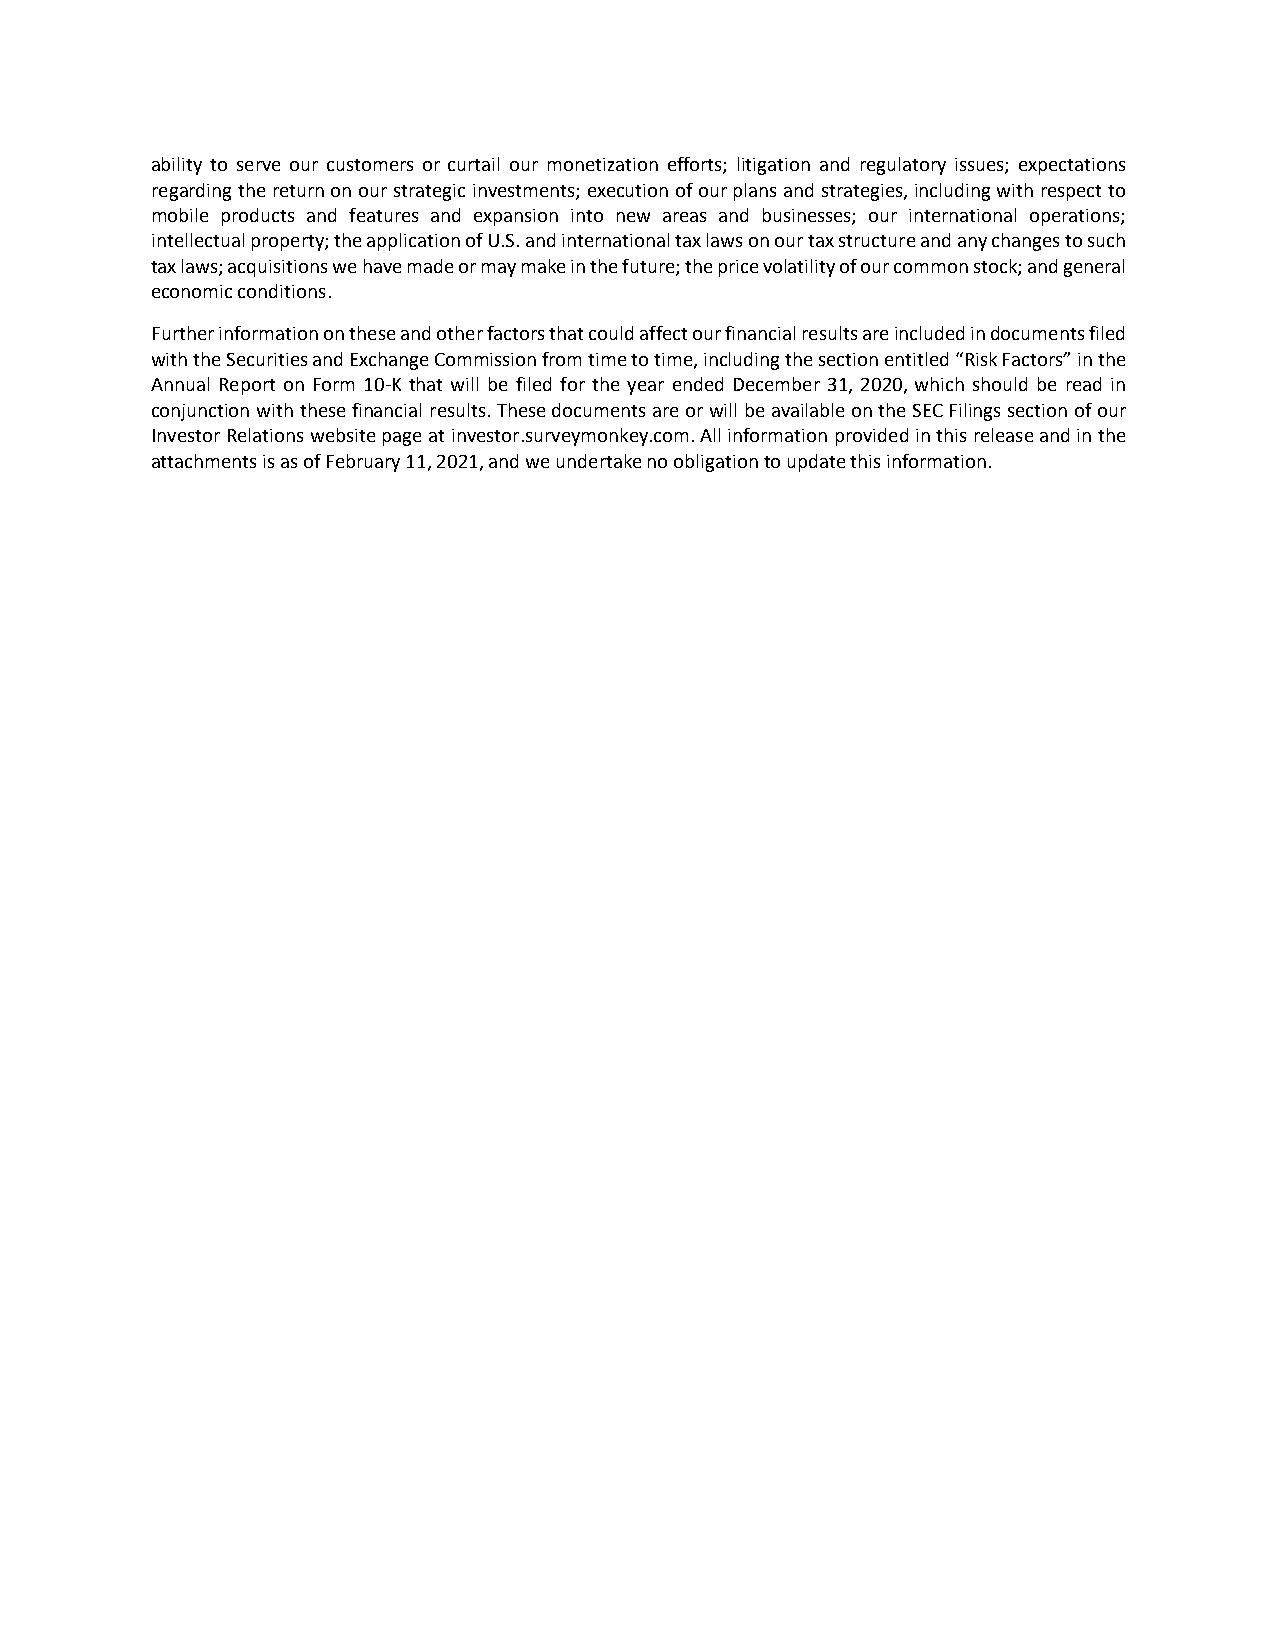
ability to serve our customers or curtail our monetization efforts; litigation and regulatory issues; expectations
 regarding the return on our strategic investments; execution of our plans and strategies, including with respect to
 mobile products and features and expansion into new areas and businesses; our international operations;
 intellectual property; the application of U.S. and international tax laws on our tax structure and any changes to such
 tax laws; acquisitions we have made or may make in the future; the price volatility of our common stock; and general
 economic conditions.
 Further information on these and other factors that could affect our financial results are included in documents filed
 with the Securities and Exchange Commission from time to time, including the section entitled “Risk Factors” in the
 Annual Report on Form 10-K that will be filed for the year ended December 31, 2020, which should be read in
 conjunction with these financial results. These documents are or will be available on the SEC Filings section of our
 Investor Relations website page at investor.surveymonkey.com. All information provided in this release and in the
 attachments is as of February 11, 2021, and we undertake no obligation to update this information.